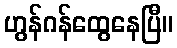
ဟွန်ဂန်ထွေနေပြီ။